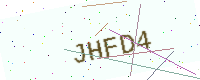
Text: JHFD4